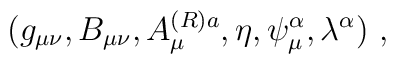
(g_{\mu\nu}, B_{\mu\nu}, A_\mu^{(R)a}, \eta, \psi_\mu^\alpha,\lambda^\alpha)\ ,